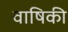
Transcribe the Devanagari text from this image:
वाषिकी